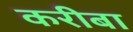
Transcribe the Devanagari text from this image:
करीबा